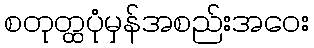
စတုတ္ထပုံမှန်အစည်းအဝေး